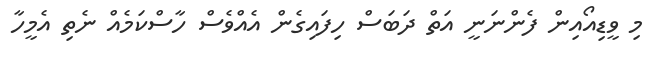
މި ވީޑިއޯއިން ފެންނަނީ އަތް ދަބަސް ހިފައިގެން އެއްވެސް ހާސްކަމެއް ނެތި އެމީހާ